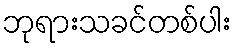
ဘုရားသခင်တစ်ပါး